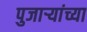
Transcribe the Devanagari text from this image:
पुजाऱ्यांच्या